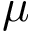
\mu